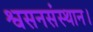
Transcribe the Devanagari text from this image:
श्वसनसंस्थान।